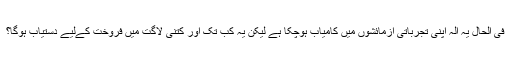
فی الحال یہ آلہ اپنی تجرباتی آزمائشوں میں کامیاب ہوچکا ہے لیکن یہ کب تک اور کتنی لاگت میں فروخت کےلیے دستیاب ہوگا؟